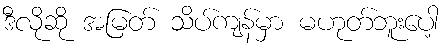
ဒီလိုဆို အမြတ် သိပ်ကျန်မှာ မဟုတ်ဘူးပေါ့